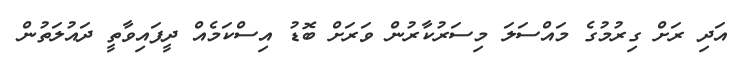
އަދި ރަށް ގިރުމުގެ މައްސަލަ މިސަރުކާރުން ވަރަށް ބޮޑު އިސްކަމެއް ދީފައިވާތީ ދައުލަތުން